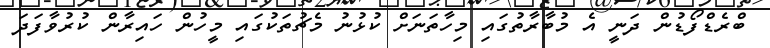
ބްރެޑްފޯޑުން ދަނީ އެ މުބާރާތުގައި މިހާތަނަށް ކުޅުނު މެޗުތަކުގައި މީހުން ހައިރާން ކުރުވާފަދަ